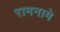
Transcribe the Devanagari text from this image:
रामनामे